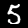
Digit: 5